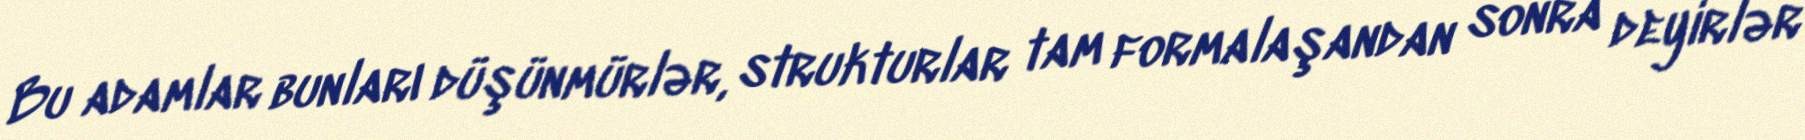
Bu adamlar bunları düşünmürlər, strukturlar tam formalaşandan sonra deyirlər